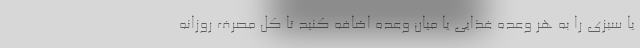
یا سبزی را به هر وعده غذایی یا میان وعده اضافه کنید تا کل مصرف روزانه